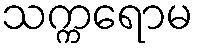
သက္ကရောမ